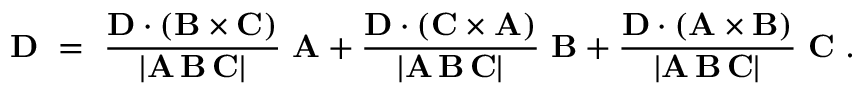
\mathbf { D } \ = \ { \frac { \mathbf { D } \cdot ( \mathbf { B } \times \mathbf { C } ) } { | \mathbf { A } \, \mathbf { B } \, \mathbf { C } | } } \ \mathbf { A } + { \frac { \mathbf { D } \cdot ( \mathbf { C } \times \mathbf { A } ) } { | \mathbf { A } \, \mathbf { B } \, \mathbf { C } | } } \ \mathbf { B } + { \frac { \mathbf { D } \cdot ( \mathbf { A } \times \mathbf { B } ) } { | \mathbf { A } \, \mathbf { B } \, \mathbf { C } | } } \ \mathbf { C } \ .